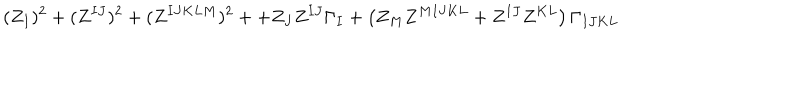
( Z _ { I } ) ^ { 2 } + ( Z ^ { I J } ) ^ { 2 } + ( Z ^ { I J K L M } ) ^ { 2 } + + Z _ { J } Z ^ { I J } \Gamma _ { I } + \left( Z _ { M } Z ^ { M I J K L } + Z ^ { I J } Z ^ { K L } \right) \Gamma _ { I J K L }